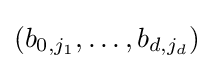
(b_{0,j_{1}},\ldots ,b_{d,j_{d}})